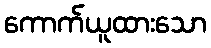
ကောက်ယူထားသော